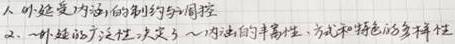
1. 人外接受内涵的制约和调控
2. 人外的广泛性，决定了人内涵的丰富性、方式和特色的多样性